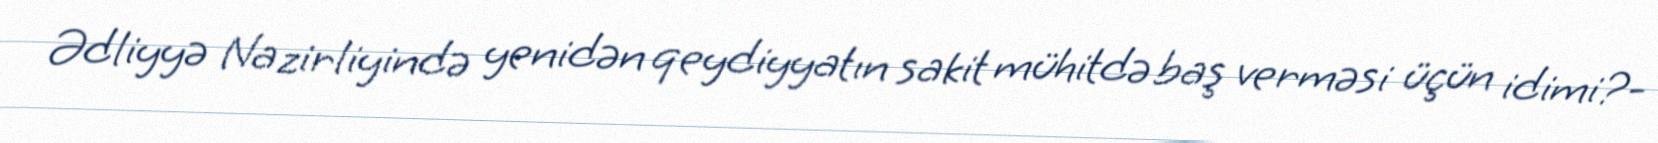
Ədliyyə Nazirliyində yenidən qeydiyyatın sakit mühitdə baş verməsi üçün idimi?-